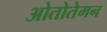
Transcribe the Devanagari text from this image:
ओतोतेमन